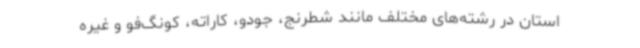
استان در رشته‌های مختلف مانند شطرنج، جودو، کاراته، کونگ‌فو و غیره